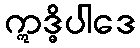
ဣဒ္ဓိပါဒေ